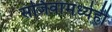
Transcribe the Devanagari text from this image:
सजिवांमध्येही